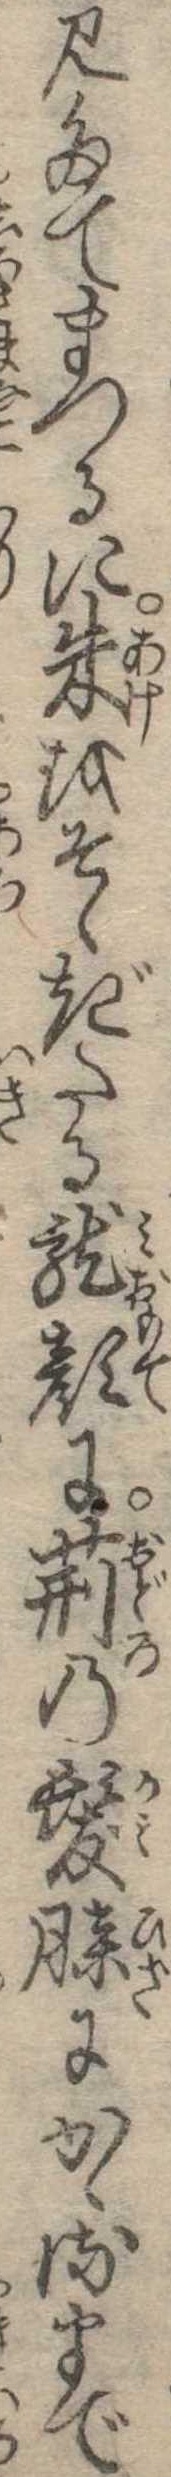
見たてまつるに朱をそゝぎたる竜顔に荊の髪膝にかゝるまで